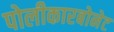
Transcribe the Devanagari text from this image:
पोलीकारबोनेट